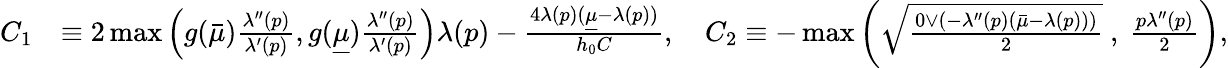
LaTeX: \begin{array}{rl}{C_{1}}&{\equiv 2\operatorname*{max}\left(g(\bar{\mu})\frac{\lambda^{\prime\prime}(p)}{\lambda^{\prime}(p)},g(\underline{{\mu}})\frac{\lambda^{\prime\prime}(p)}{\lambda^{\prime}(p)}\right)\lambda(p)-\frac{4\lambda(p)(\underline{{\mu}}-\lambda(p))}{h_{0}C},\quad C_{2}\equiv-\operatorname*{max}\left(\sqrt{\frac{0\vee\left(-\lambda^{\prime\prime}(p)(\bar{\mu}-\lambda(p)\right))}{2}}~,~\frac{p\lambda^{\prime\prime}(p)}{2}\right),}\end{array}